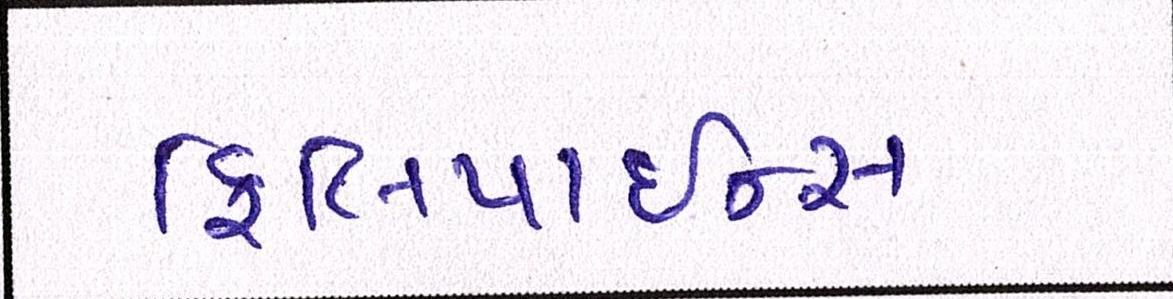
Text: ફિલિપાઇન્સ